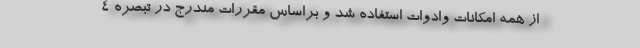
از همه امکانات وادوات استفاده شد و براساس مقررات مندرج در تبصره ۴